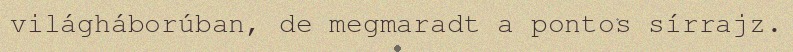
világháborúban, de megmaradt a pontos sírrajz.